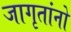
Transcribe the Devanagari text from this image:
जागृतांनो